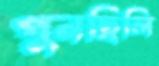
গুনছিলি